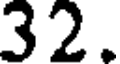
32.